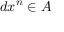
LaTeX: d x ^ { n } \in A